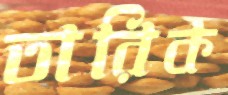
তারিক